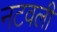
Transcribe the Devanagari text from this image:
नटवली